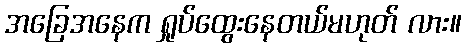
အခြေအနေက ရှုပ်ထွေးနေတယ်မဟုတ် လား။